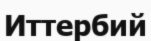
Иттербий